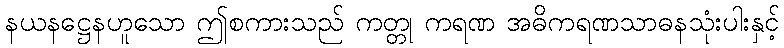
နယနဋ္ဌေနဟူသော ဤစကားသည် ကတ္တု ကရဏ အဓိကရဏသာဓနသုံးပါးနှင့်